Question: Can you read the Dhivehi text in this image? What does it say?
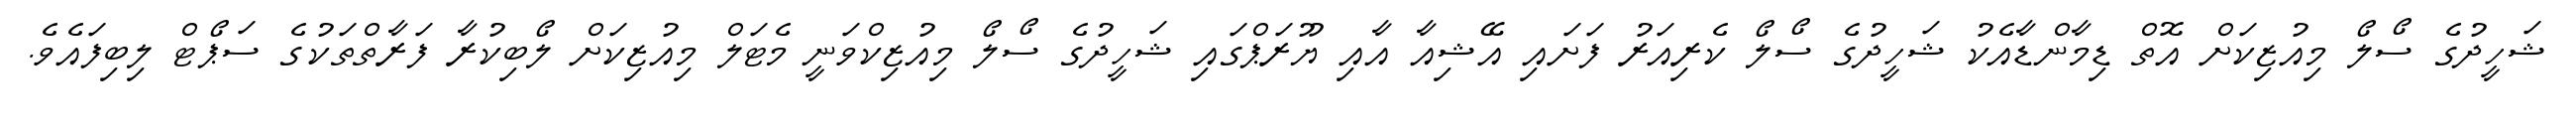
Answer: ޝަހީދުގެ ސޯލޯ މިއުޒިކަށް އޮތް ޑިމާންޑާއެކު ޝަހީދުގެ ސޯލޯ ކެރިއަރު ފަށައި އޭޝިއާ އާއި ޔޫރަޕްގައި ޝަހީދުގެ ސޯލޯ މިއުޒިކްވަނީ މެޓަލް މިއުޒިކަށް ލޯބިކުރާ ފަރާތްތަކުގެ ސަޕޯޓް ލިބިފައެވެ.